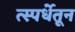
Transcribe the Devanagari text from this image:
त्स्पर्धेतून